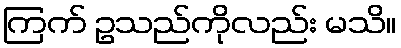
ကြက် ဥသည်ကိုလည်း မသိ။